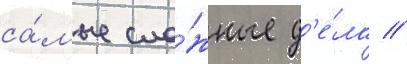
са́мые сло́жные д'е́ла //